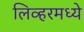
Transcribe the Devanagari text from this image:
लिव्हरमध्ये